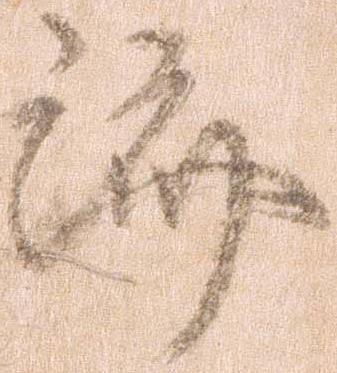
済